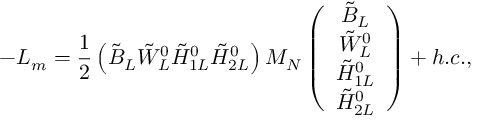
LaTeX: - { \cal L } _ { m } = \frac { 1 } { 2 } \left( \tilde { B } _ { L } \tilde { W } _ { L } ^ { 0 } \tilde { H } _ { 1 L } ^ { 0 } \tilde { H } _ { 2 L } ^ { 0 } \right) { \cal M } _ { N } \left( \begin{array} { c } { { \tilde { B } _ { L } } } \\ { { \tilde { W } _ { L } ^ { 0 } } } \\ { { \tilde { H } _ { 1 L } ^ { 0 } } } \\ { { \tilde { H } _ { 2 L } ^ { 0 } } } \end{array} \right) + h . c . ,